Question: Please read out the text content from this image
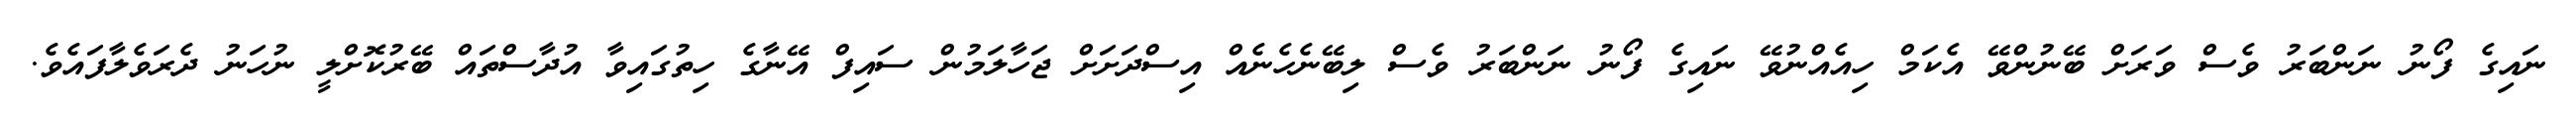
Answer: ނައިގެ ފޯނު ނަންބަރު ވެސް ވަރަށް ބޭނުންވޭ އެކަމް ހިއެއްނުވޭ ނައިގެ ފޯނު ނަންބަރު ވެސް ލިބޭނެހެނެއް އިސްދަށަށް ޖަހާލަމުން ސައިފް އޭނާގެ ހިތުގައިވާ އުދާސްތައް ބޭރުކޮށްލީ ނުހަނު ދެރަވެލާފައެވެ.